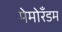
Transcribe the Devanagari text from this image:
मेमोरँडम